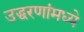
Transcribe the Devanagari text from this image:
उद्धरणांमध्ये